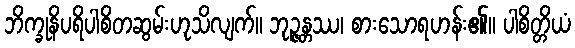
ဘိက္ခုနိပရိပါစိတဆွမ်းဟုသိလျက်။ ဘုဉ္ဇန္တဿ၊ စားသောရဟန်း၏။ ပါစိတ္တိယံ